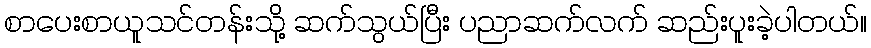
စာပေးစာယူသင်တန်းသို့ ဆက်သွယ်ပြီး ပညာဆက်လက် ဆည်းပူးခဲ့ပါတယ်။